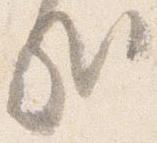
哉